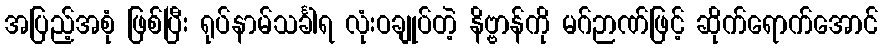
အပြည့်အစုံ ဖြစ်ပြီး ရုပ်နာမ်သင်္ခါရ လုံးဝချုပ်တဲ့ နိဗ္ဗာန်ကို မဂ်ဉာဏ်ဖြင့် ဆိုက်ရောက်အောင်